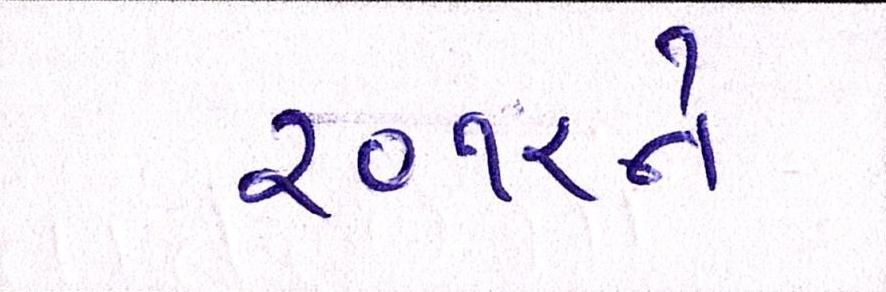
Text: ૨૦૧૨ને